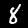
Digit: 8